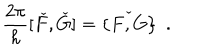
\frac { 2 \pi } { h } [ \check { F } , \check { G } ] = \check { \{ F , G \} } ~ ~ .